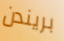
بريندن